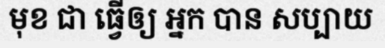
មុខ ជា ធ្វើឲ្យ អ្នក បាន សប្បាយ